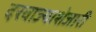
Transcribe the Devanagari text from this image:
दरवाज्याशेजारी